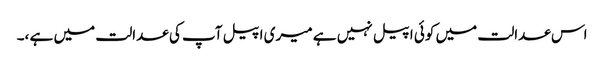
اس عدالت میں کوئی اپیل نہیں ہے میری اپیل آپ کی عدالت میں ہے ،۔